Annual report of the Punjab Veterinary College and of the Civil Veterinary Department, Punjab - 1926-1932
Year: 1926
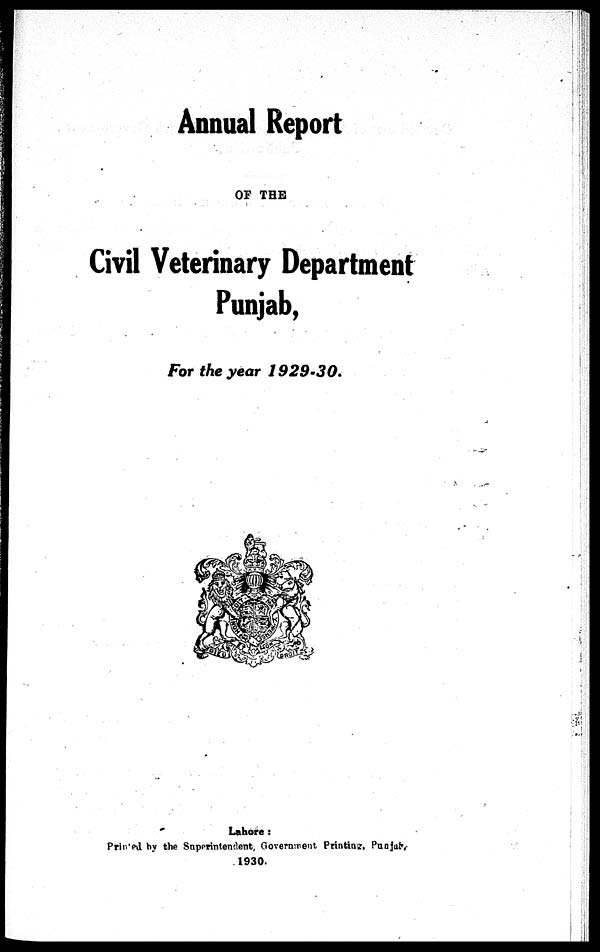
Annual Report
OF THE
Civil Veterinary Department
Punjab,
For the year 1929-30.
Lahore:
Printed by the Superintendent, Government Printing, Punjab
1930.